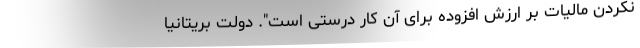
نکردن مالیات بر ارزش افزوده برای آن کار درستی است". دولت بریتانیا